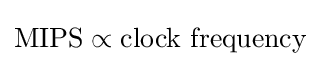
{\text{MIPS}}\propto {\text{clock frequency}}